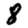
Digit: 8